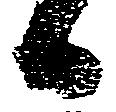
日